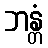
ဘန္တံ